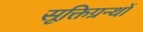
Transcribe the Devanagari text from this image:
सूक्तिग्रन्थों